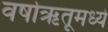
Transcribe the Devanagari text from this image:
वर्षाऋतूमध्ये